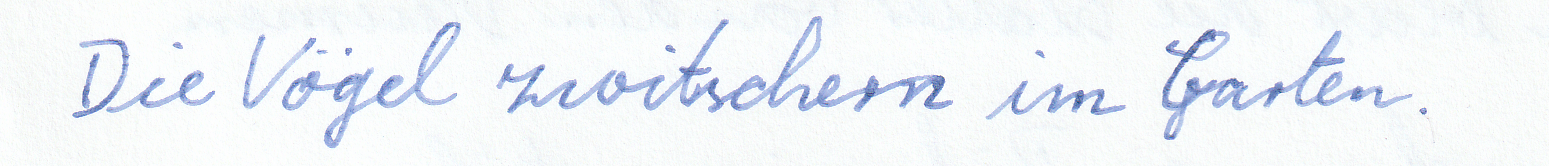
Die Vögel zwitschern im Garten.